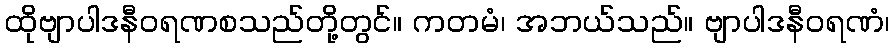
ထိုဗျာပါဒနီဝရဏစသည်တို့တွင်။ ကတမံ၊ အဘယ်သည်။ ဗျာပါဒနီဝရဏံ၊